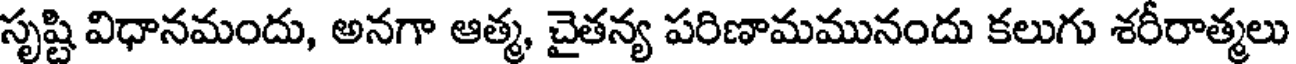
సృష్టి విధానమందు, అనగా ఆత్మ, చైతన్య పరిణామమునందు కలుగు శరీరాత్మలు